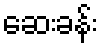
ဆေးခန်း